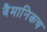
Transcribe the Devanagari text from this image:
वैमानिकच